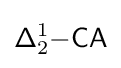
{\mathsf {\Delta }}_{2}^{1}{\mathsf {-CA}}